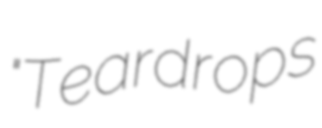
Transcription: "Teardrops